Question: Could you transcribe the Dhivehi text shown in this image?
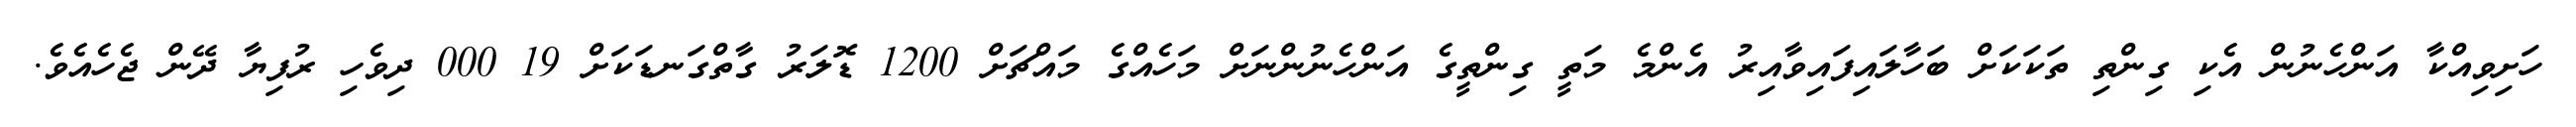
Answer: ހަށިވިއްކާ އަންހެނުން އެކި ގިންތި ތަކަކަށް ބަހާލައިފައިވާއިރު އެންމެ މަތީ ގިންތީގެ އަންހެނުންނަށް މަހެއްގެ މައްޗަށް 1200 ޑޮލަރު ގާތްގަނޑަކަށް 19 000 ދިވެހި ރުފިޔާ ދޭން ޖެހެއެވެ.